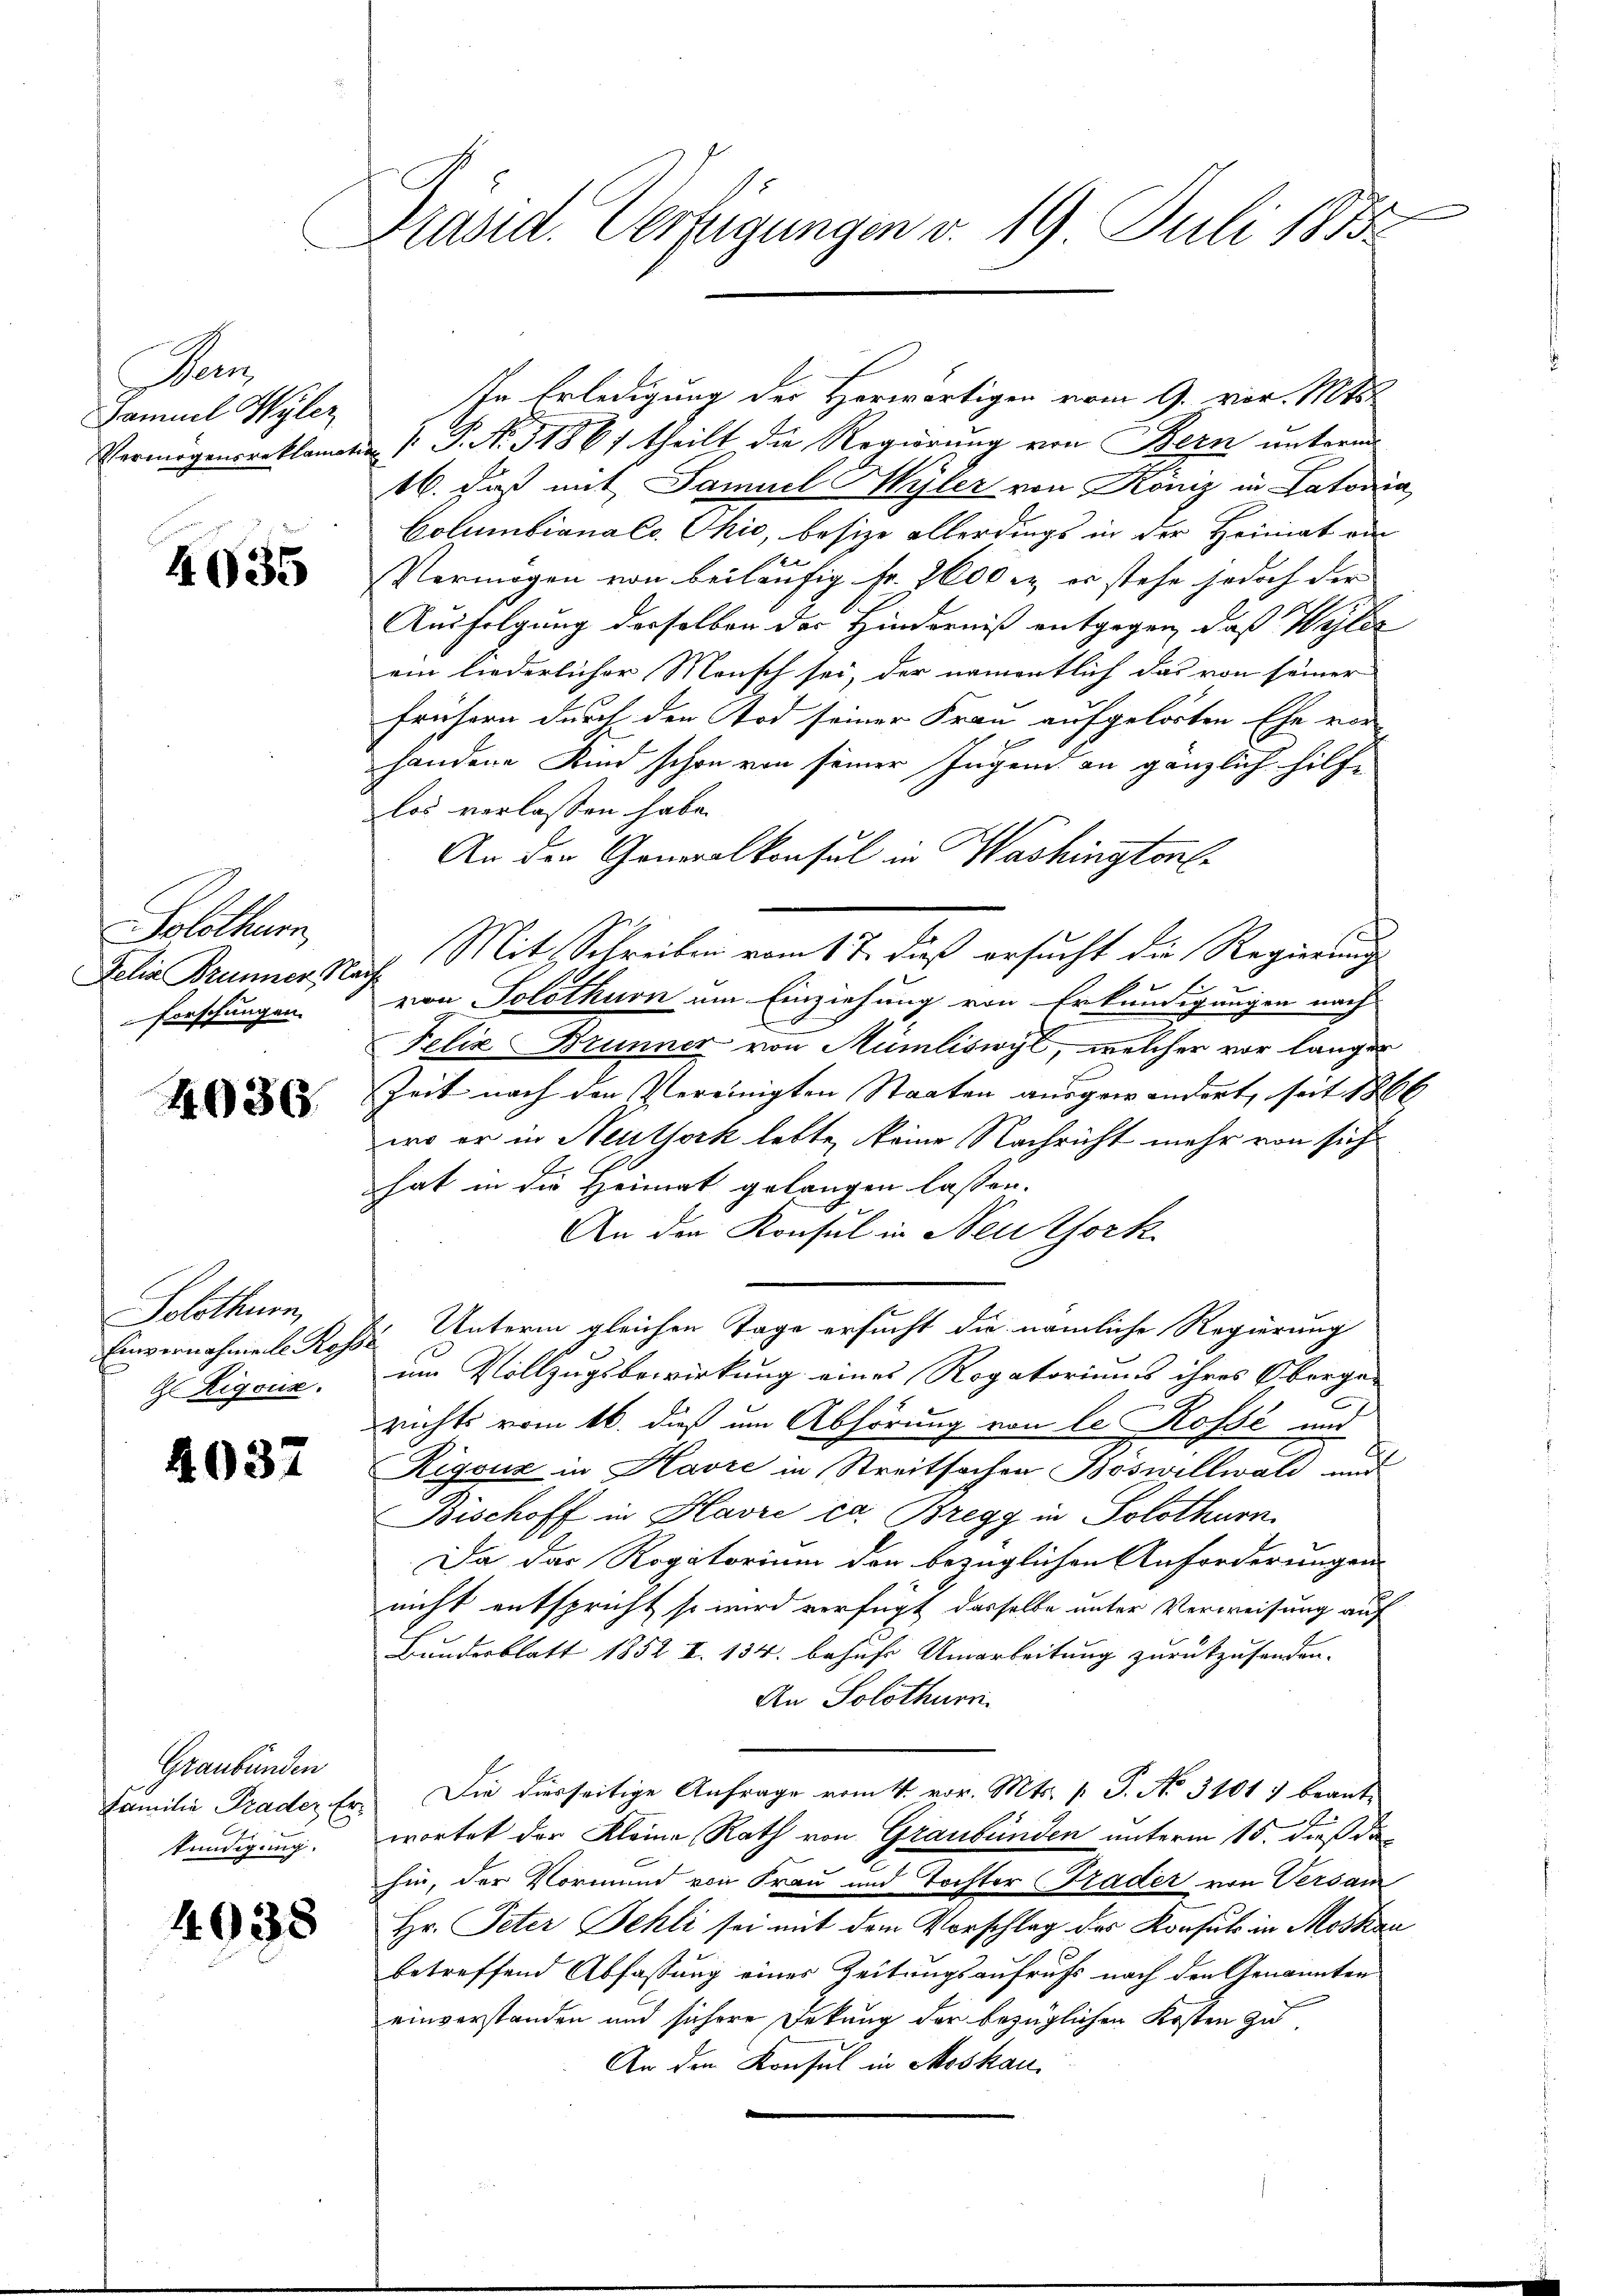
Pen
Samuel Wyler
Vermögensreklamat

4035

Solothurn,
Felia Brunner Na
Forschungen.

4036.

Solothurn,
Einvernahmente Rose
 Rigoux.

4037

Graubünden
Familie Prader Erstündigung.

4938

Präsid. Verfügungen v. 19. Juli 1888

In Erledigung der Herwärtigen vom 9. vor. Mts.
 P. P. Nr. 31861 theilt die Regierung von Bern unterm
16. daß mit Samuel Hyler von Köniz in Latoria
Columbiana Co. Chić, besize allerdings in der Heimat au
e
Vermögen von beiläufig Fr. 2600 l. er stehe jedoch der
Ausfolgung derselben der Hinderniß entgegen, dass Weilen
ein liederlicher Mensch sei, der namentlich das von seiner
frühern durch den Tod seiner Frau aufgelösten Ehe vor
handene Kind schon von seiner Jugend an gänzlich hilfe
los verlassen habe.
An der Generalkonsul in Washington
ich. Mit Schreiben vom 17. dieß ersucht die Regierung
von Solothurn um Einziehung von Erkundigungen nach
Felix Brunner von Mumliswyl, welcher vor länger
Zeit nach den Vereinigten Staaten ausgewandert, seit 1866
wo er in Neuthork lebte, keine Nachricht mehr von sich
hat in die Heimat gelangen lassen.
An den Konsul in Neuthork
2. Unterm gleichen Tage ersucht die nämliche Regierung
um Vollzugsbewirkung eines Rogatoriums ihres Oberge-
richts vom 16. dieß um Abhörung von le Rossé und
Rigouz in Havre in Streitsachen Böswillwald und
Bischoff in Havre ca. Bregg in Solothurn.
Da das Rogatorium den bezüglichen Anforderungen
nicht entspricht so wird verfügt dasselbe unter Verweisung auf
Bundesblatt 1852 I. 134. behufs Umarbeitung zurückzusenden.
An Solothurn.
Die diesseitige Anfrage vom 4. vor. Mts. 1. P. No 3101) beantwortet der Kleine Rath von Graubünden unterm 15. dieß da
hin, der Vormund von Frau und Tochter Trader von Versam
Hr. Peter Sehli sei mit dem Vorschlag des Konsuls in Moskau
betreffend Abfassung eines Zeitungsaufrufs nach den Genannten
einverstanden und sichere Dekung der bezüglichen Kosten zu
An den Konsul in Moskau